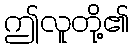
ဤလူတို့၏